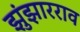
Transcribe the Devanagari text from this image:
झुंझारराव